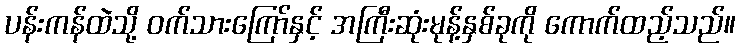
ပန်းကန်ထဲသို့ ဝက်သားကြော်နှင့် အကြီးဆုံးမုန့်နှစ်ခုကို ကောက်ထည့်သည်။